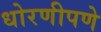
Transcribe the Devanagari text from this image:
धोरणीपणे